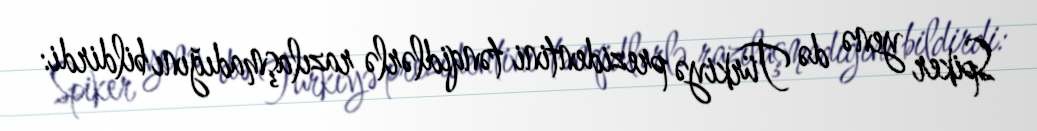
Spiker yenə də Türkiyə prezidentini tənqidlərlə razılaşmadığını bildirdi: